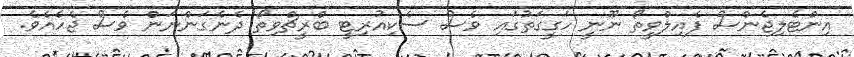
އިންޓެލިޖެންސް ފެއިލްވީތޯ ނޫނީ ހަގީގަތުގައި ވެސް ސެކިއުރިޓީ ބްރީޗްވިތޯ ދެނެގަންނަން ވެސް ޖެހެއެވެ.